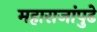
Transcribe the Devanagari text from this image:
महाराजांपुढे